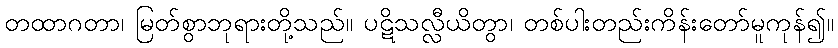
တထာဂတာ၊ မြတ်စွာဘုရားတို့သည်။ ပဋိသလ္လီယိတွာ၊ တစ်ပါးတည်းကိန်းတော်မူကုန်၍။